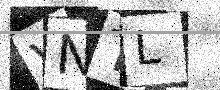
Text: VNTL